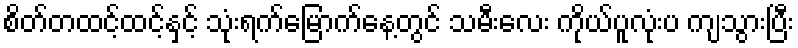
စိတ်တထင့်ထင့်နှင့် သုံးရက်မြောက်နေ့တွင် သမီးလေး ကိုယ်ပူလုံးပ ကျသွားပြီး